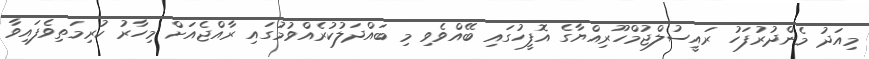
މިއަދު މެންދުރުފަހު ރައީސުލްޖުމްހޫރިއްޔާގެ އޮފީހުގައި ބޭއްވެވި މި ބައްދަލުކުރެއްވުމުގައި ރާއްޖެއަށް މިހާރު ކުރިމަތިވެފައިވާ